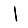
Digit: 1